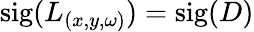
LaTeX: \textrm{sig}(L_{(x,y,\omega)})=\textrm{sig}(D)